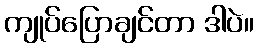
ကျုပ်ပြောချင်တာ ဒါပဲ။